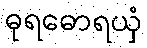
ဓုရဓောရယှံ